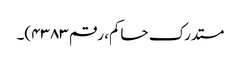
مستدرک حاکم، رقم ۴۳۸۳)۔